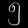
Digit: ၅